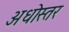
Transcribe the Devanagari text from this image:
अधोस्तर